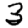
Digit: 3